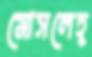
মোসলেহ্